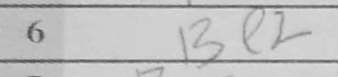
Transcription: Be2